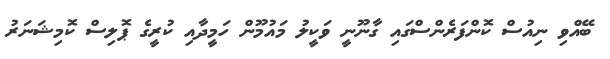
ބޭއްވި ނިއުސް ކޮންފަރެންސްގައި ގާނޫނީ ވަކީލު މައުމޫން ހަމީދާއި ކުރީގެ ޕޮލިސް ކޮމިޝަނަރު